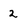
Character: 2